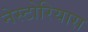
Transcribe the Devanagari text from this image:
नेस्टोरियास